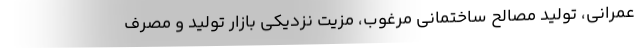
عمرانی، تولید مصالح ساختمانی مرغوب، مزیت نزدیکی بازار تولید و مصرف